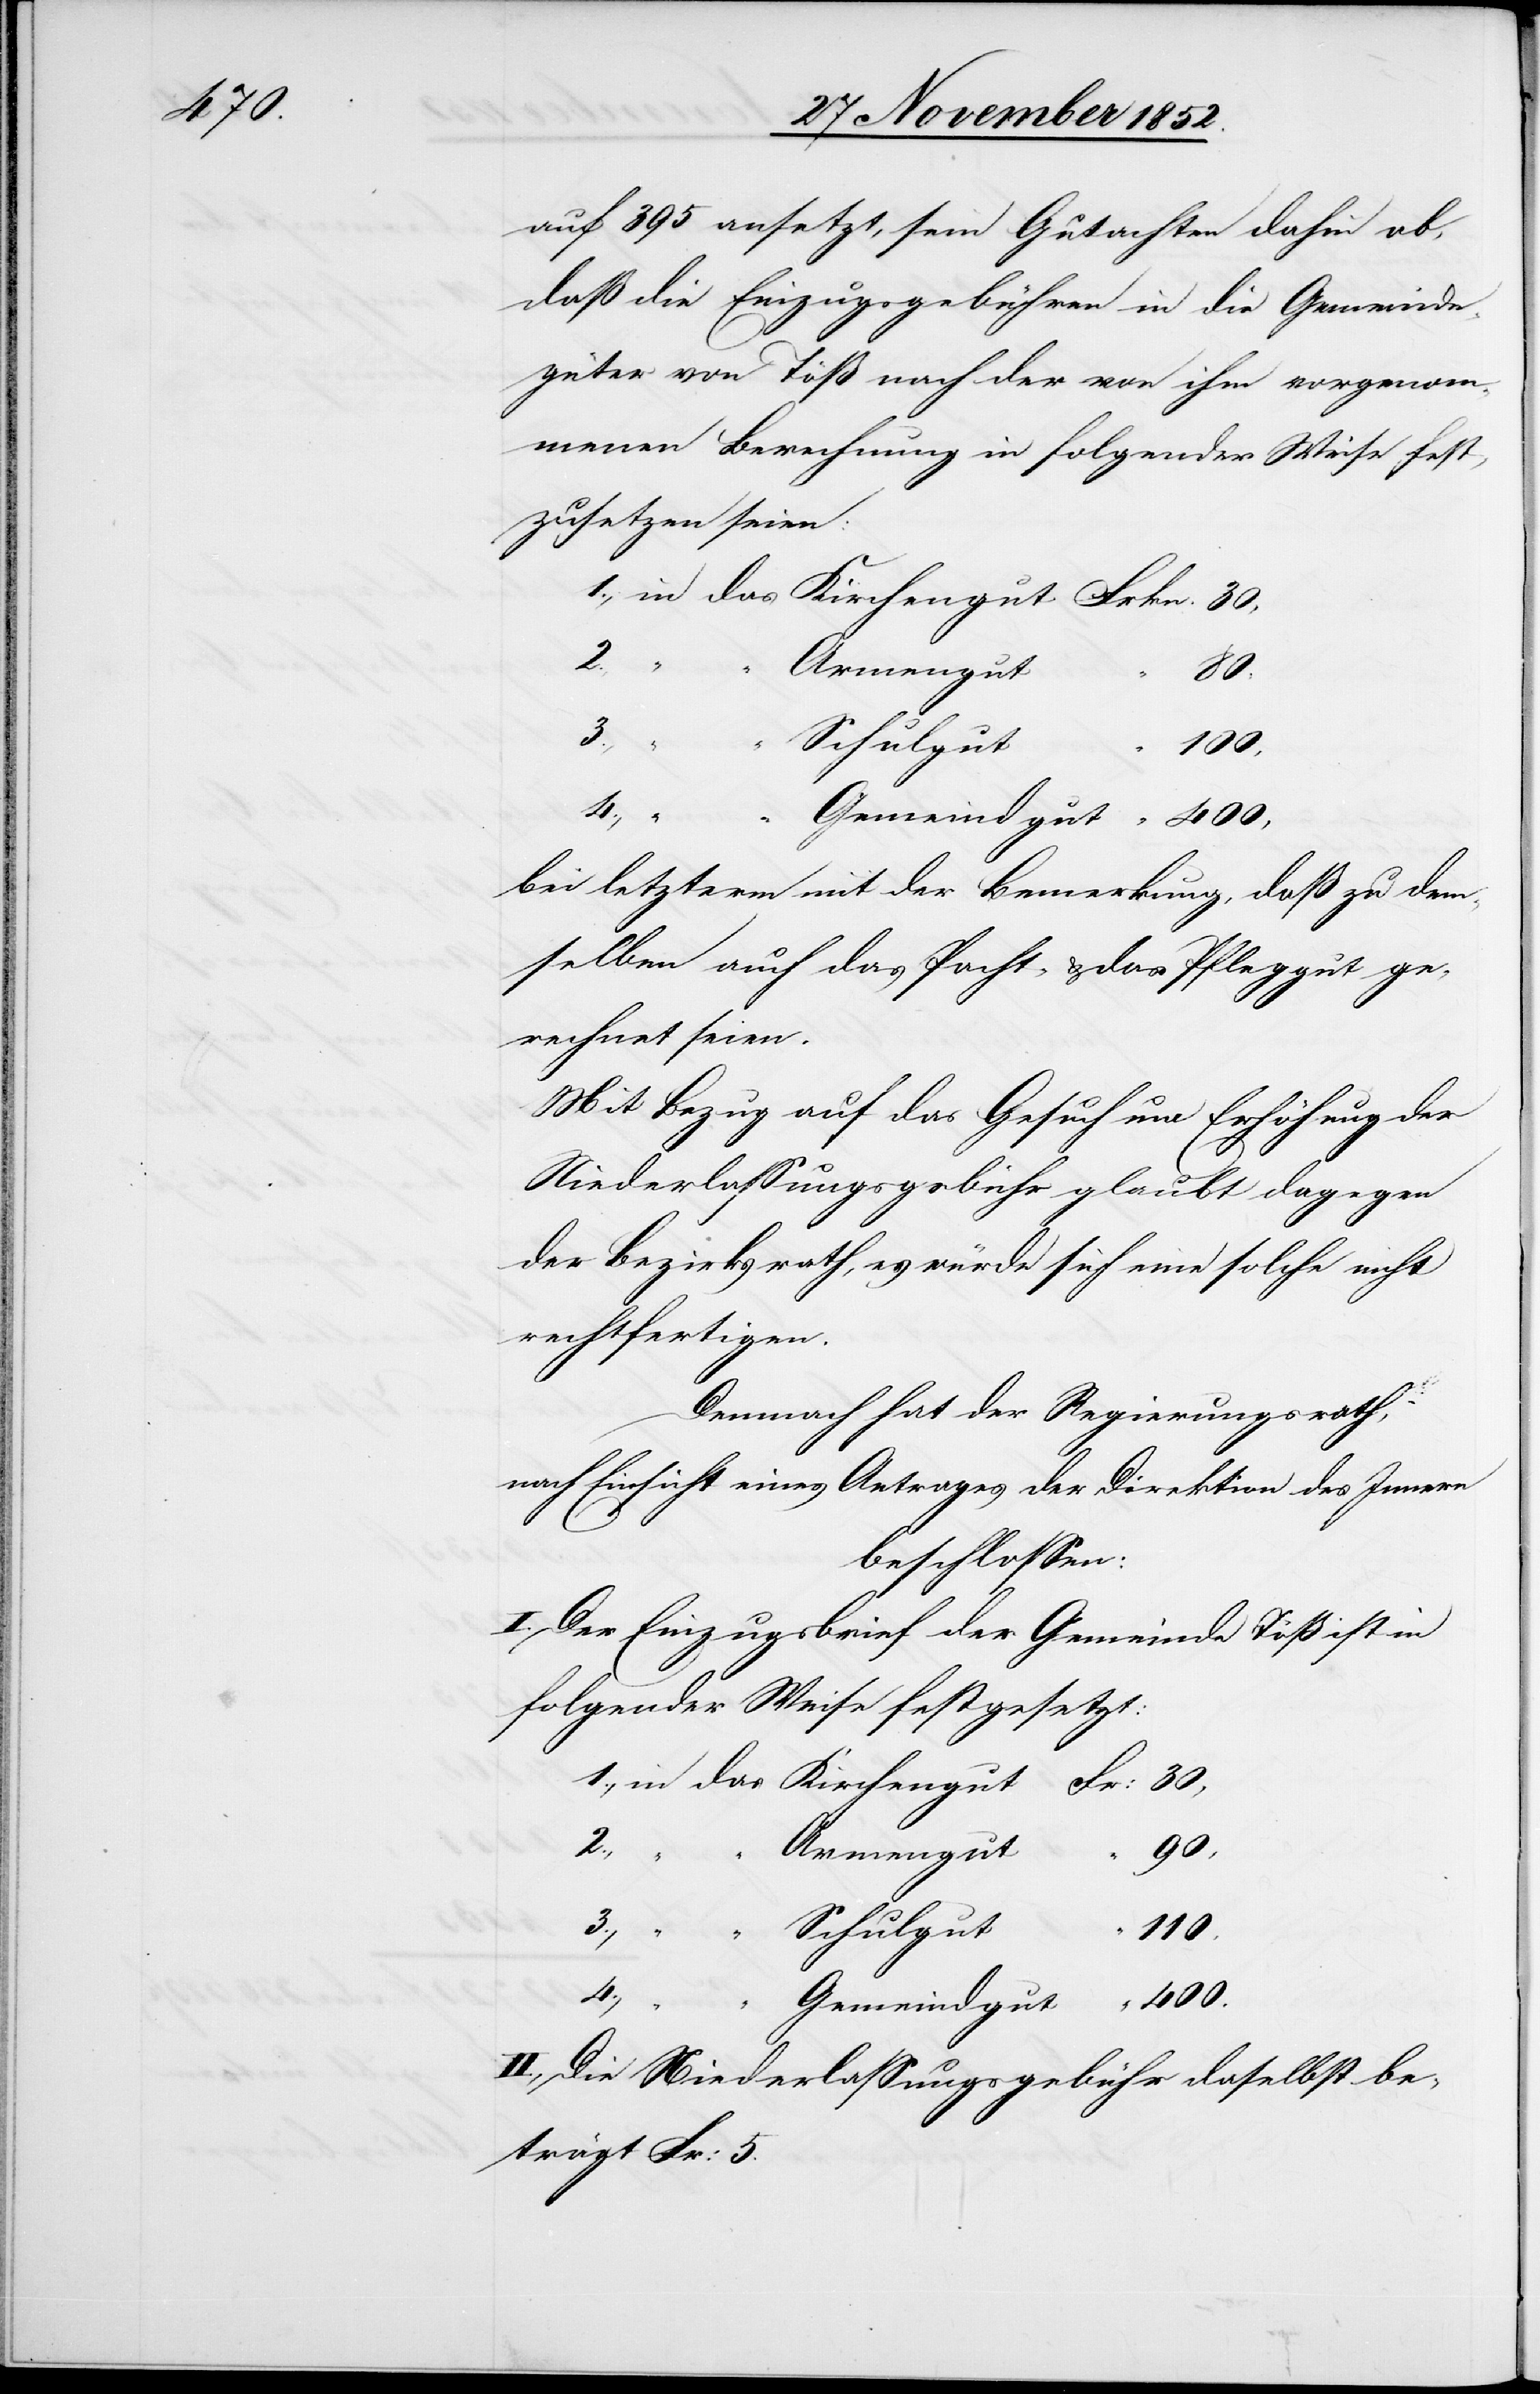
auf 395 ansetzt, sein Gutachten dahin ab,
daß die Einzugsgebühren in die Gemeinde¬
güter von Töß nach der von ihm vorgenom¬
menen Berechnung in folgender Weise fest¬
zusetzen seien:
Armengut
90,
3.,
Schulgut
110,
4.,
das
bei letzterm mit der Bemerkung, daß zu dem¬
selben auch das Pacht- & das Pfleggut ge¬
rechnet seien.
Mit Bezug auf das Gesuch um Erhöhung der
Niederlassungsgebühr glaubt dagegen
der Bezirksrath, es würde sich eine solche nicht
rechtfertigen.
Demnach hat der Regierungsrath,
nach Einsicht eines Antrages der Direktion des Innern
beschlossen:
I. Der Einzugsbrief der Gemeinde Töß ist in
folgender Weise festgesetzt:
400.
“ “
30,
2.,
“ “
Gemeindgut
II., Die Niederlassungsgebühr daselbst be¬
trägt Fr: 5.